Cholera in India, 1862 to 1881
Year: 1862
Disease focus: Cholera
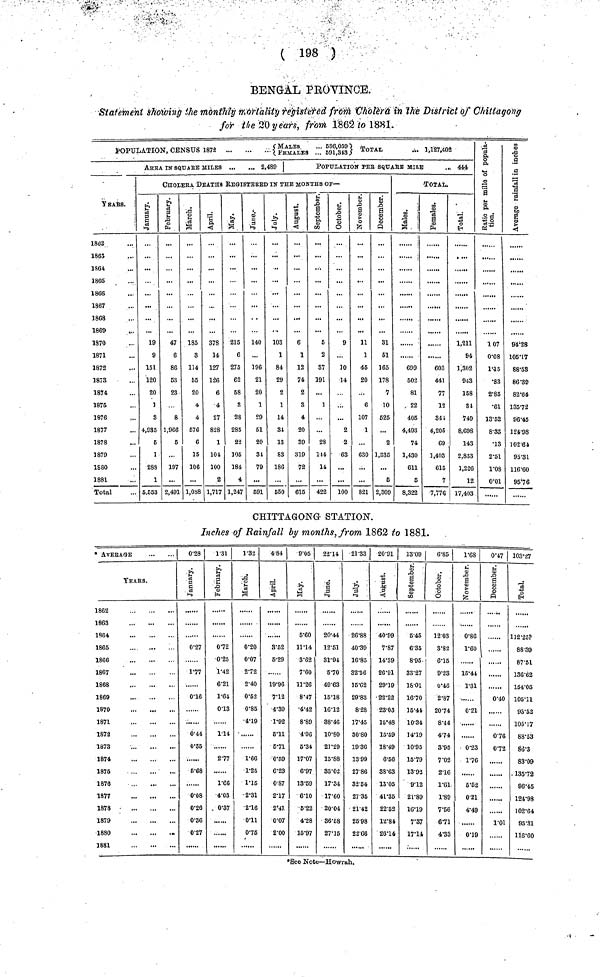
( 198 )
BENGAL PROVINCE.
Statement showing the monthly mortality registered from Cholera in the District of Chittagong
for the 20 years, from 1862 to 1881.
POPULATION, CENSUS 1872 {MALES... FEMALES... 536,059,591,343} TOTAL ...1,127,402
AREA IN SQUArE MILES
2,489
POPULATION PER SQUARE MILE
... 444
CHOLERA DEATHS REGISTERED IN THE MONTHS OF—
YEARS.
1802
1863
1864,
1865
1866
1867
1868
1869
1870
1871
1872
1873
1874
1875
1876
1877
1878
1879
1880
1881
Total
January.
19
9
151
120
20
1
3
4,935
5
1
288
1
5,553
February.
47
6
86
53
23
8
1,966
5
197
2,491
March.
185
3
114
65
20
4
4
576
6
15
106
...
1,058
April.
378
14
127
126
6
4
27
828
1
101
100
2
1,717
May.
215
6
275
62
58
8
28
285
22
105
184
4
1,247
June.
140
196
21
20
1
29
51
20
31
79
591
July.
103
1
84
29
2
1
14
34
13
83
186
550
August.
6
1
12
74
2
3
4
20
39
319
72
615
September.
5
2
37
191
1
28
144
14
422
October.
9
30
14
...
2
2
63
...
100
November.
11
1
45
20
...
6
107
1
630
821
December.
31
51
165
178
7
10
525
2
1,335
...
6
2,309
TOTAL..
Males.
699
502
81
22
405
4,493
74
1,430
611
5
8,322
Females.
603
441
77
12
341
4,205
69
1,403
615
7
7.776
Total.
1,211
94
1,302
943
158
34
749
8,698
143
2,833
1,226
12
17,403
Ratio per mille
of population.
107
0.08
1.45
•83
2.85
•61
13.52
8.33
•13
2.51
1.08
0.01
Average r
in inches.
94.28
105.17
88.58
86.39
82.64
135.72
96.45
124.98
102.64
95.31
116.60
95.76
CHITTAGONG STATION.
Inches of Rainfall by months, from 1862 to 1881.
* AVERAGE
YEARS.
1862
1863
1864
1865
1866
1867
1868
1869
1870
1871
1872
1873
1874
1875
1876
1877
1878
1879
1880
-
1881
0.28
January.
0.27
1.77
0.16
0.44
0.35
6.68
0.08
0.26
0.36
0.27
1.31
February.
0.72
0.25
1.42
6.21
1.64
0.13
1.14
2.77
1.66
4.03
0.37
1.32
March.
0.20
0.07
2.72
2.40
0.52
0.85
4.19
1.66
1.25
1.15
2.31
2.16
0.11
0.75
4.84
April.
3.52
6.29
19.96
7.12
4.30
1.92
5.11
5.71
0.59
6.23
0.87
2.17
2.41
0.07
2.00
9.05
May.
5.60
11.14
3.62
7.60
11.26
8.47
4.42
8.89
4.96
5.34.
17.07
6.97
13.69
6.10
5.22
4.28
15.97
22.14 |
June.
20.44
12.51
31.94
5.70
49.63
15.18
16.12
38.46
10.80
21.29
15.88
33.02
17.34
17.60
20.04
86.58
27.15
21.33
July.
26.88
40.39
16.85
32.56
15.62
29.83
8.28
17.45
30.80
19.36
13.99
27.86
32.54
27.35
21.42
25.98
22.66
20.91
August.
40.99
7.87
14.39
26.91
29.19
22.22
23.03
15.48
15.59
18.49
6.56
38.63
13.05
41.35
22.62
12.81
26.14
13.09
September.
5.45
6.35
8.95.
33.27
18.01
16.70
15.44
10.34
14.19
10.95
15.79
13.92
9.12
21.89
16.19
7.37
17.14
6.85
October.
12.03
3.82
6.15
9.23
0.46
2.87
20.74
8.44
4.74
3.95
7.02
2.16
1.61
1.89
7.56
6.71
4.33
1.68
November.
0.86
1.60
15.41
1.31
0.21
0.23
1.76
6.52
0.21
4.49
0.19
0.47
December.
0.40
0.76
0.72
1.01
103.27
Total.
112.25?
88.39
87.51
130.62
154.05
105.11
93.52
105.17
88.53
86.3
83.09
135.72
96.45
124.98
102.64
95.31
116.60
*See Note—Howrah.